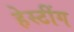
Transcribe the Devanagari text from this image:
हेस्टींग